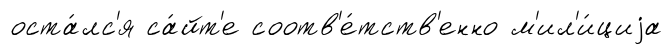
оста́лс'я са́йт'е соотв'е́тств'енно м'ил'и́циjа